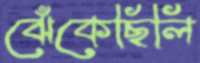
ঝেঁকেছিলি